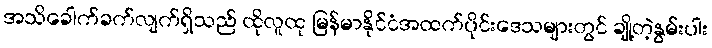
အသိခေါက်ခက်လျက်ရှိသည် ထိုလူထု မြန်မာနိုင်ငံအထက်ပိုင်းဒေသများတွင် ချို့တဲ့နွမ်းပါး